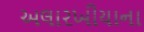
અલારખીયાના